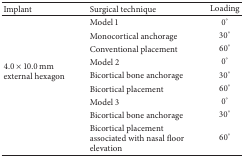
| Implant | Surgical technique | Loading |
 | --- | --- | --- |
 | <ROWSPAN=9> 4.0 × 10.0 mm external hexagon | Model 1 | 0° |
 | Monocortical anchorage | 30° |
 | Conventional placement | 60° |
 | Model 2 | 0° |
 | Bicortical bone anchorage | 30° |
 | Bicortical placement | 60° |
 | Model 3 | 0° |
 | Bicortical bone anchorage | 30° |
 | Bicortical placement associated with nasal floor elevation | 60° |